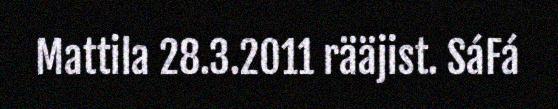
Mattila 28.3.2011 rääjist. SáFá